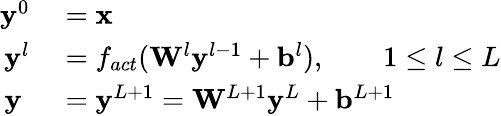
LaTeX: \begin{array}{rl}{\mathbf{y}^{0}}&{{}=\mathbf{x}}\\ {\mathbf{y}^{l}}&{{}=f_{act}(\mathbf{W}^{l}\mathbf{y}^{l-1}+\mathbf{b}^{l}),\qquad 1\le l\le L}\\ {\mathbf{y}\; }&{{}=\mathbf{y}^{L+1}=\mathbf{W}^{L+1}\mathbf{y}^{L}+\mathbf{b}^{L+1}}\end{array}